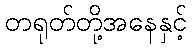
တရုတ်တို့အနေနှင့်